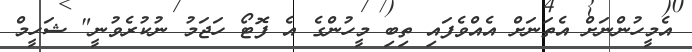
އެމީހުންނަށް އެތަނަށް އެއްވެފައި ތިބި މީހުންގެ އެ ފޮޓޯ ހަޖަމު ނުކުރެވުނީ" ޝަހީމް